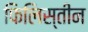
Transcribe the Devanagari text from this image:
फिलिस्‍तीन